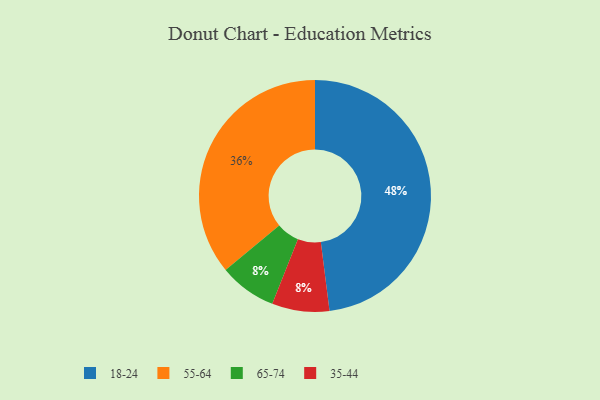
{"axis": {"x": "Category", "y": "Percentage"}, "legend": ["18-24", "35-44", "55-64", "65-74"], "data": [{"x": "65-74", "y": 8, "type": "65-74"}, {"x": "35-44", "y": 8, "type": "35-44"}, {"x": "55-64", "y": 36, "type": "55-64"}, {"x": "18-24", "y": 48, "type": "18-24"}]}